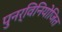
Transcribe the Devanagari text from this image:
पुनर्विनियोजित